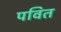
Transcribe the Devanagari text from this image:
पवित